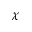
\chi